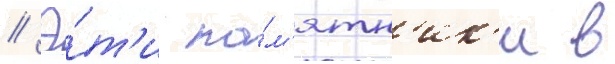
// Э́т'и па́м'ятн'ик'и в